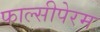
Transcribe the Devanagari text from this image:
फाल्सीपेरम